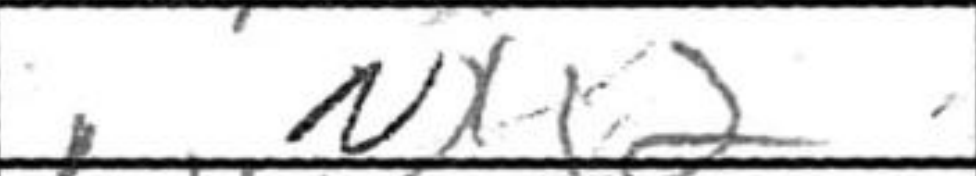
Transcription: Nxg2